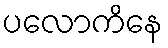
ပလောကိနေ